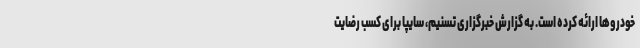
خودروها ارائه کرده است. به گزارش خبرگزاری تسنیم، سایپا برای کسب رضایت